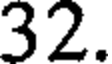
32.